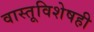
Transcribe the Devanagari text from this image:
वास्तूविशेषही